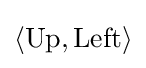
\langle {\text{Up}},{\text{Left}}\rangle